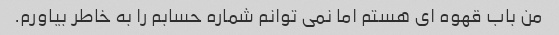
من باب قهوه ای هستم اما نمی توانم شماره حسابم را به خاطر بیاورم.